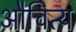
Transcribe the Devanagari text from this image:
औचित्‍य